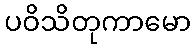
ပဝိသိတုကာမော